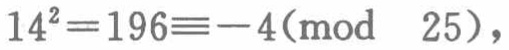
\(14^{2}=196\equiv - 4(\text{mod }25)\)